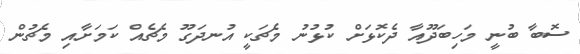
ސޮބާ ބުނީ މަހިބަދޫއާ ދެކޮޅަށް ކުޅުނު މެޗަކީ އުނދަގޫ މެޗެއް ކަމަށާއި މެޗުން